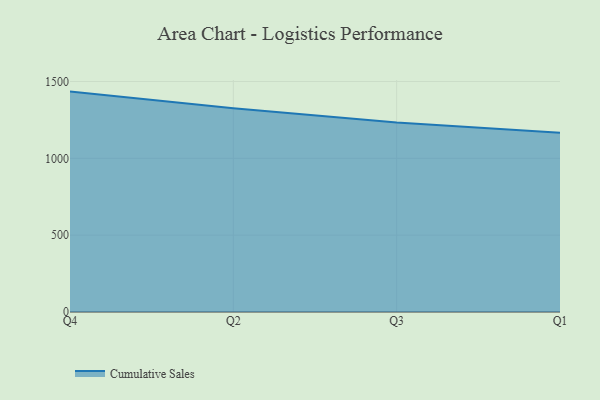
{"axis": {"x": "Quarter", "y": "Net Income (USD K)"}, "legend": ["Cumulative Sales"], "data": [{"x": "Q4", "y": 1434.2, "type": "Cumulative Sales"}, {"x": "Q2", "y": 1326.5, "type": "Cumulative Sales"}, {"x": "Q3", "y": 1233.1, "type": "Cumulative Sales"}, {"x": "Q1", "y": 1165.7, "type": "Cumulative Sales"}]}